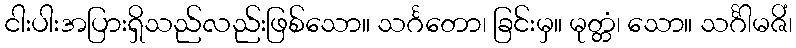
ငါးပါးအပြားရှိသည်လည်းဖြစ်သော။ သင်္ဂတော၊ ခြင်းမှ။ မုတ္တံ၊ သော။ သင်္ဂါမဇိံ၊